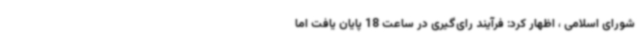
شورای اسلامی ، اظهار کرد: فرآیند رای‌گیری در ساعت 18 پایان یافت اما